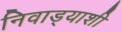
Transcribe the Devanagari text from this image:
निवाड्याशी